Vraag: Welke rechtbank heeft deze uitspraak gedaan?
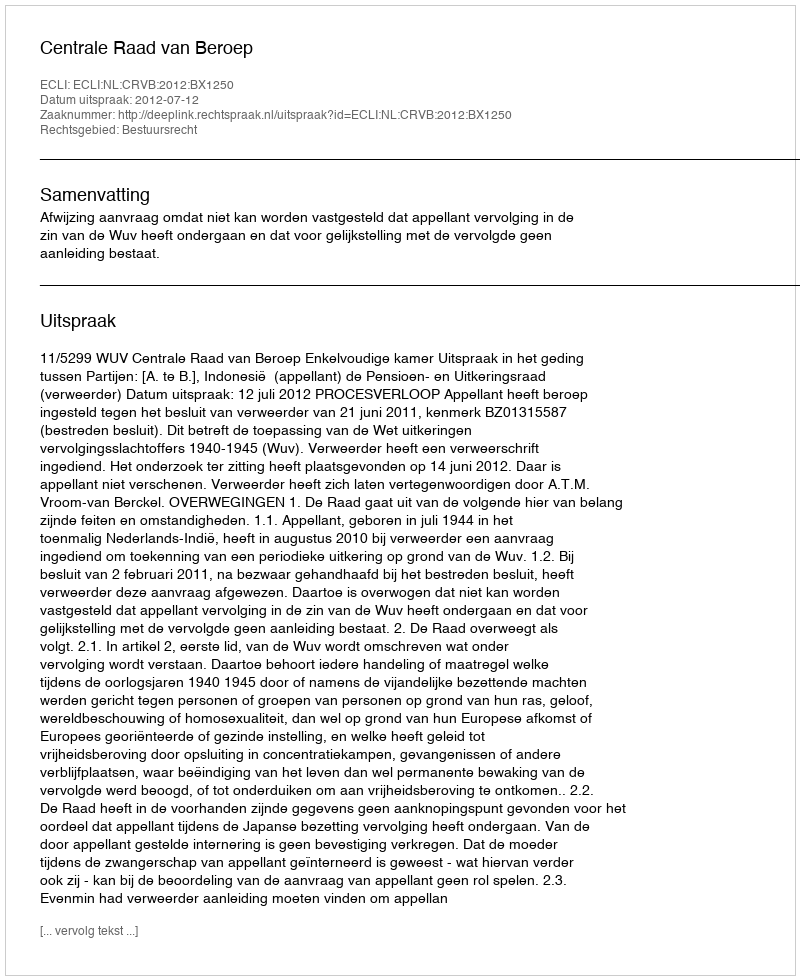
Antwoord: Centrale Raad van Beroep